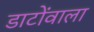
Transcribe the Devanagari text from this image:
डाटोंवाला